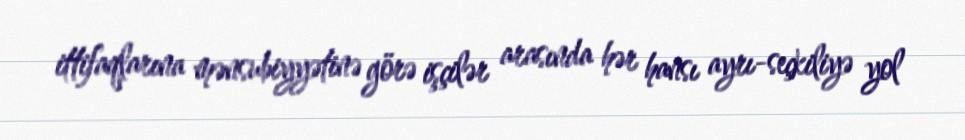
ittifaqlarına mənsubiyyətinə görə işçilər arasında hər hansı ayrı-seçkiliyə yol